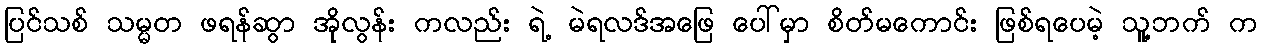
ပြင်သစ် သမ္မတ ဖရန်ဆွာ အိုလွန်း ကလည်း ရဲ့ မဲရလဒ်အဖြေ ပေါ်မှာ စိတ်မကောင်း ဖြစ်ရပေမဲ့ သူ့ဘက် က